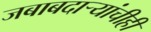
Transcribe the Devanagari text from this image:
जबाबदाऱ्यांचीही